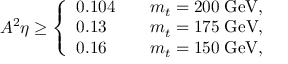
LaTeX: A ^ { 2 } \eta \geq \left\{ \begin{array} { l l } { { 0 . 1 0 4 \quad } } & { { m _ { t } = 2 0 0 \; \mathrm { G e V } , } } \\ { { 0 . 1 3 } } & { { m _ { t } = 1 7 5 \; \mathrm { G e V } , } } \\ { { 0 . 1 6 } } & { { m _ { t } = 1 5 0 \; \mathrm { G e V } , } } \end{array} \right.